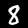
Label: 8